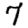
Digit: 7